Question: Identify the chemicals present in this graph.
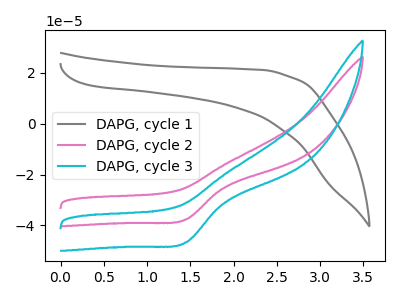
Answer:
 <answer>The gray curve is labeled "DAPG, cycle 1". The pink curve is labeled "DAPG, cycle 2". The cyan curve is labeled "DAPG, cycle 3".</answer>
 <eval></eval>